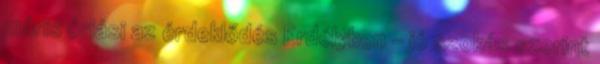
máris óriási az érdeklődés Erdélyben – jó szokás szerint